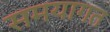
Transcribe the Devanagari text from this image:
समयागत